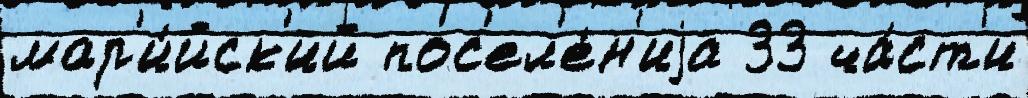
мар'и́йск'ий пос'ел'е́н'иjа 33 ча́ст'и